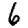
Digit: 6